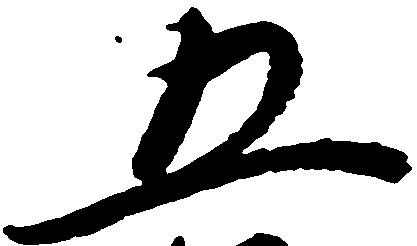
五